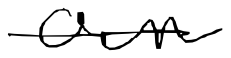
Text: own
Cross-out: single-line
Writing tool: digital_black